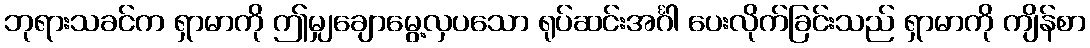
ဘုရားသခင်က ရှာမာကို ဤမျှချောမွေ့လှပသော ရုပ်ဆင်းအင်္ဂါ ပေးလိုက်ခြင်းသည် ရှာမာကို ကျိန်စာ